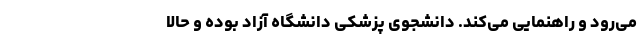
می‌رود و راهنمایی می‌کند. دانشجوی پزشکی دانشگاه آزاد بوده و حالا